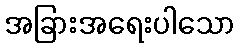
အခြားအရေးပါသော